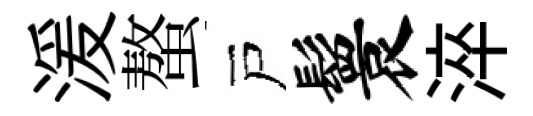
湲螯戸鬟淬